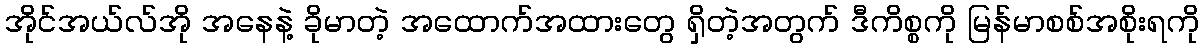
အိုင်အယ်လ်အို အနေနဲ့ ခိုမာတဲ့ အထောက်အထားတွေ ရှိတဲ့အတွက် ဒီကိစ္စကို မြန်မာစစ်အစိုးရကို